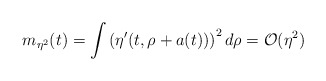
\begin{align*}m_{\eta^2}(t)=\int\left(\eta'(t,\rho+a(t))\right)^2d\rho = {\cal O}(\eta^2)\end{align*}